Report on plague in the Punjab from October 1st ... to September 30th ..., being the ... season of plague in the province
Disease focus: Plague
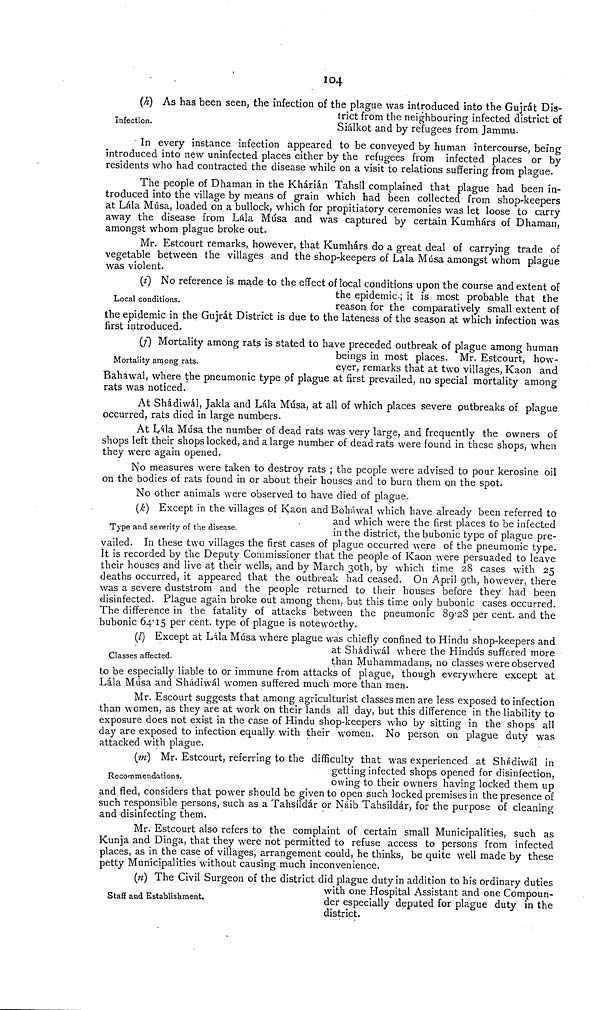
104
Infection.
(h) As has been seen, the infection of the plague was introduced into the Gujrát Dis-
trict from the neighbouring infected district of
Siálkot and by refugees from Jammu.
In every instance infection appeared to be conveyed by human intercourse, being
introduced into new uninfected places either by the refugees from infected places or by
residents who had contracted the disease while on a visit to relations suffering from plague.
The people of Dhaman in the Khárián Tahsíl complained that plague had been in-
troduced into the village by means of grain which had been collected from shop-keepers
at Lála Musa, loaded on a bullock, which for propitiatory ceremonies was let loose to carry
away the disease from Lala Musa and was captured by certain Kumhárs of Dhaman,
amongst whom plague broke out.
Mr. Estcourt remarks, however, that Kumhárs do a great deal of carrying trade of
vegetable between the villages and the shop-keepers of Lala Musa amongst whom plague
was violent.
Local conditions.
(i) No reference is made to the effect of local conditions upon the course and extent of
the epidemic; it is most probable that the
reason for the comparatively small extent of
the epidemic in the Gujrát District is due to the lateness of the season at which infection was
first introduced.
Mortality among rats.
(;) Mortality among rats is stated to have preceded outbreak of plague among human
beings in most places. Mr. Estcourt, how-
ever, remarks that at two villages, Kaon and
Bahawal, where the pneumonic type of plague at first prevailed, no special mortality among
rats was noticed.
At Shádiwál, Jakla and Lála Musa, at all of which places severe outbreaks of plague
occurred, rats died in large numbers.
At Lala Musa the number of dead rats was very large, and frequently the owners of
shops left their shops locked, and a large number of dead rats were found in these shops, when
they were again opened.
No measures were taken to destroy rats ; the people were advised to pour kerosine oil
on the bodies of rats found in or about their houses and to burn them on the spot.
No other animals were observed to have died of plague.
Type and severity of the disease.
(k) Except in the villages of Kaon and Boháwal which have already been referred to
and which were the first places to be infected
in the district, the bubonic type of plague pre-
vailed. In these two villages the first cases of plague occurred were of the pneumonic type.
It is recorded by the Deputy Commissioner that the people of Kaon were persuaded to leave
their houses and live at their wells, and by March 30th, by which time 28 cases with 25
deaths occurred, it appeared that the outbreak had ceased. On April 9th, however, there
was a severe duststrorn and the people returned to their houses before they had been
disinfected. Plague again broke out among them, but this time only bubonic cases occurred.
The difference in the fatality of attacks between the pneumonic 89.28 per cent. and the
bubonic 64.15 per cent. type of plague is noteworthy.
Classes affected.
(l) Except at Lala Musa where plague was chiefly confined to Hindu shop-keepers and
at Shádiwál where the Hindus suffered more
than Muhammadans, no classes were observed
to be especially liable to or immune from attacks of plague, though everywhere except at
Lála Musa and Shádiwál women suffered much more than men.
Mr. Escourt suggests that among agriculturist classes men are less exposed to infection
than women, as they are at work on their lands all day, but this difference in the liability to
exposure does not exist in the case of Hindu shop-keepers who by sitting in the shops all
day are exposed to infection equally with their women. No person on plague duty was
attacked with plague.
Recommendations.
(m) Mr. Estcourt, referring to the difficulty that was experienced at Shádiwál in
getting infected shops opened for disinfection,
owing to their owners having locked them up
and fled, considers that power should be given to open such locked premises in the presence of
such responsible persons, such as a Tahsíldár or Náib Tahsíldár, for the purpose of cleaning
and disinfecting them.
Mr. Estcourt also refers to the complaint of certain small Municipalities, such as
Kunja and Dinga, that they were not permitted to refuse access to persons from infected
places, as in the case of villages, arrangement could, he thinks, be quite well made by these
petty Municipalities without causing much inconvenience.
Staff and Establishment.
(n) The Civil Surgeon of the district did plague duty in addition to his ordinary duties
with one Hospital Assistant and one Compoun-
der especially deputed for plague duty in the
district.